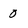
Character: 0